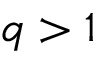
q > 1